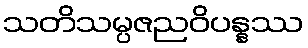
သတိသမ္ပဇညဝိပန္နဿ